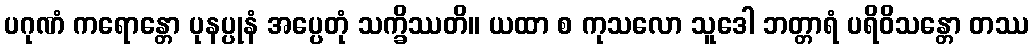
ပဂုဏံ ကရောန္တော ပုနပ္ပုနံ အပ္ပေတုံ သက္ခိဿတိ။ ယထာ စ ကုသလော သူဒေါ ဘတ္တာရံ ပရိဝိသန္တော တဿ